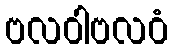
ဗလဝါဗလဝံ